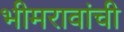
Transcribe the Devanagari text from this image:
भीमरावांची